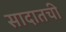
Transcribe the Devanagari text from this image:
सादातची